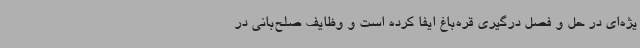
یژه‌ای در حل و فصل درگیری قره‌باغ ایفا کرده است و وظایف صلح‌بانی در